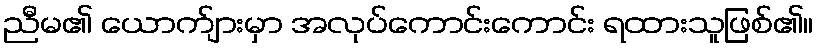
ညီမ၏ ယောက်ျားမှာ အလုပ်ကောင်းကောင်း ရထားသူဖြစ်၏။